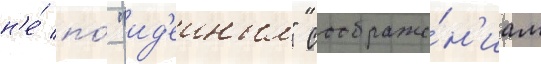
н'е́ по́ "ид'еиным" соображе́н'иам